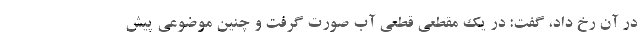
در آن رخ داد، گفت: در یک مقطعی قطعی آب صورت گرفت و چنین موضوعی پیش